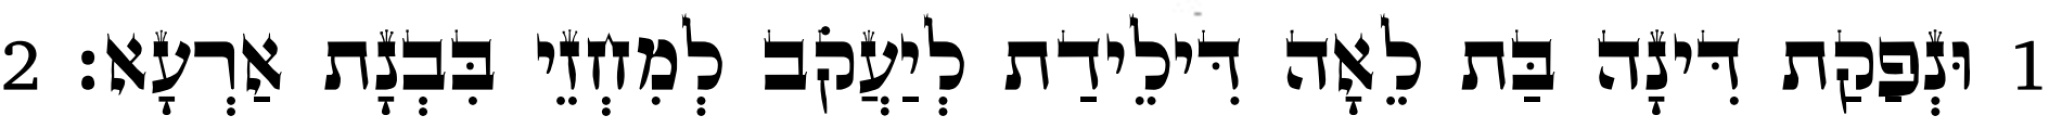
1 וּנְפַקַת דִּינָה בַּת לֵאָה דִּילֵידַת לְיַעֲקֹב לְמִחְזֵי בִּבְנָת אַרְעָא׃ 2